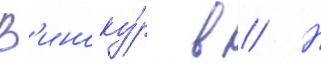
В'иноку́р в // Н